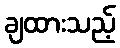
ချထားသည့်